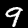
Label: 9